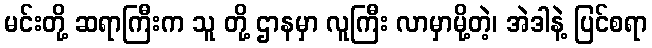
မင်းတို့ ဆရာကြီးက သူ တို့ ဌာနမှာ လူကြီး လာမှာမို့တဲ့၊ အဲဒါနဲ့ ပြင်စရာ